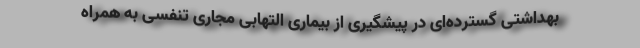
بهداشتی گسترده‌ای در پیشگیری از بیماری التهابی مجاری تنفسی به همراه